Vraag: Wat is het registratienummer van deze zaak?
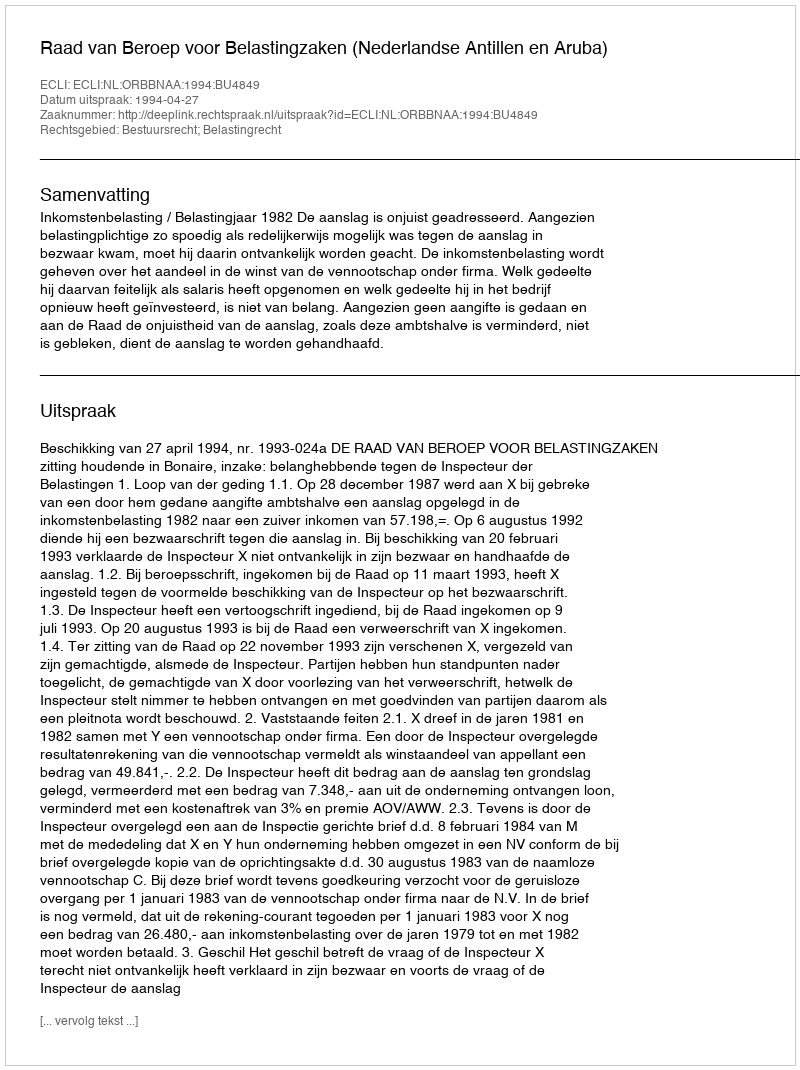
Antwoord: http://deeplink.rechtspraak.nl/uitspraak?id=ECLI:NL:ORBBNAA:1994:BU4849